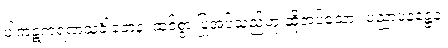
ပါကဋကရဏသင်္ခါတေန၊ ထင်စွာ ပြုအပ်သည်ဟု ဆိုအပ်သော။ ပညာပနဋ္ဌေန၊